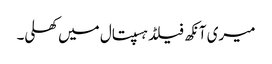
میری آنکھ فیلڈ ہسپتال میں کھلی۔